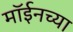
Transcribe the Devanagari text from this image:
मॉईनच्या